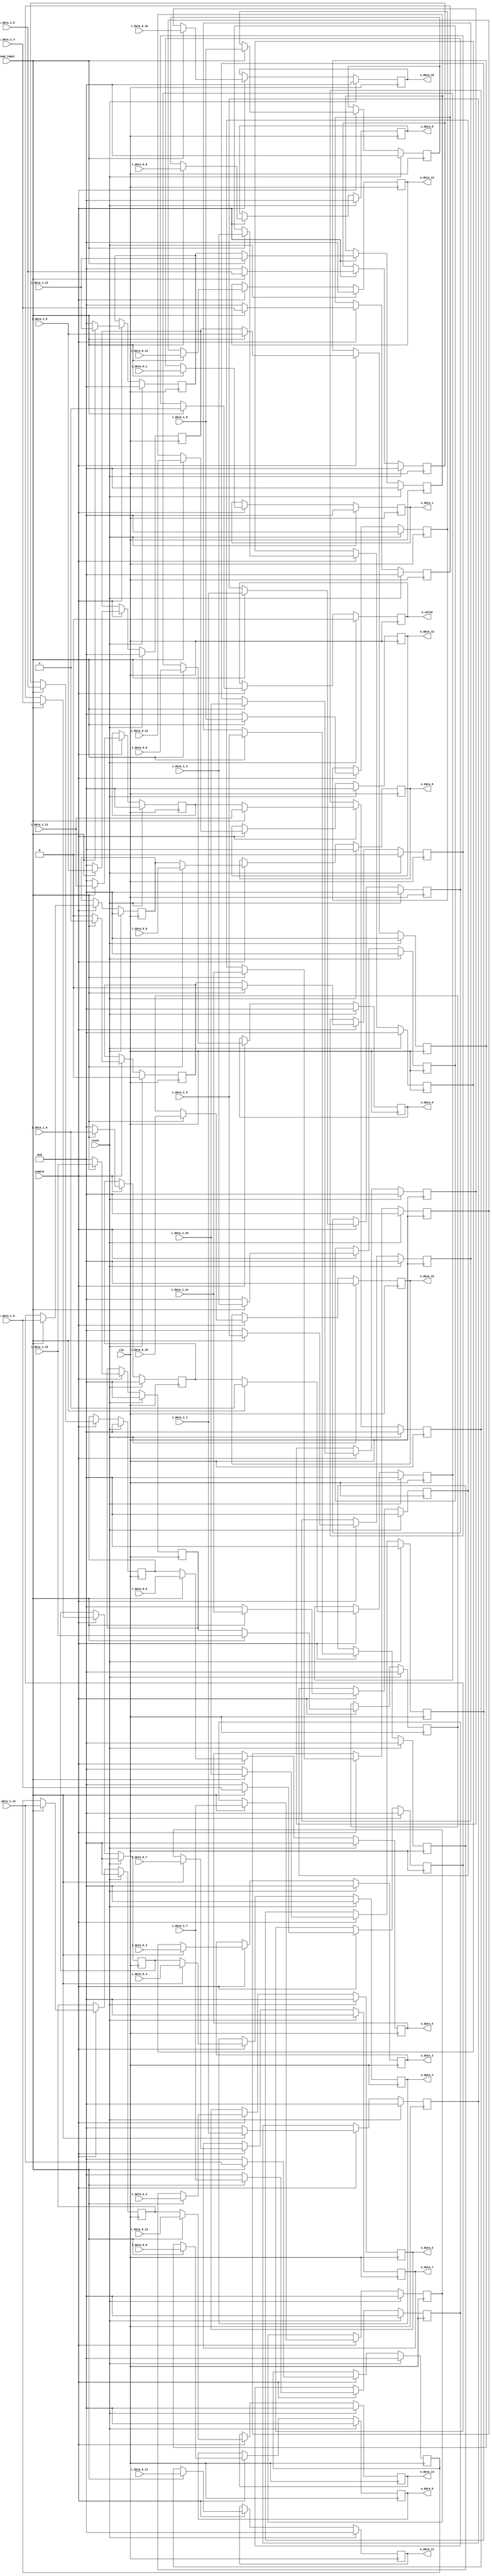
`define SIMULATION_MEMORY

module pipelined_input_18_2_16 (
	input clk,
	input reset,
	input enable,
	input load_input,
	input [17:0] i_data_0_0,
	input [17:0] i_data_0_1,
	input [17:0] i_data_0_2,
	input [17:0] i_data_0_3,
	input [17:0] i_data_0_4,
	input [17:0] i_data_0_5,
	input [17:0] i_data_0_6,
	input [17:0] i_data_0_7,
	input [17:0] i_data_0_8,
	input [17:0] i_data_0_9,
	input [17:0] i_data_0_10,
	input [17:0] i_data_0_11,
	input [17:0] i_data_0_12,
	input [17:0] i_data_0_13,
	input [17:0] i_data_0_14,
	input [17:0] i_data_0_15,
	input [17:0] i_data_1_0,
	input [17:0] i_data_1_1,
	input [17:0] i_data_1_2,
	input [17:0] i_data_1_3,
	input [17:0] i_data_1_4,
	input [17:0] i_data_1_5,
	input [17:0] i_data_1_6,
	input [17:0] i_data_1_7,
	input [17:0] i_data_1_8,
	input [17:0] i_data_1_9,
	input [17:0] i_data_1_10,
	input [17:0] i_data_1_11,
	input [17:0] i_data_1_12,
	input [17:0] i_data_1_13,
	input [17:0] i_data_1_14,
	input [17:0] i_data_1_15,
	output [17:0] o_data_0,
	output [17:0] o_data_1,
	output [17:0] o_data_2,
	output [17:0] o_data_3,
	output [17:0] o_data_4,
	output [17:0] o_data_5,
	output [17:0] o_data_6,
	output [17:0] o_data_7,
	output [17:0] o_data_8,
	output [17:0] o_data_9,
	output [17:0] o_data_10,
	output [17:0] o_data_11,
	output [17:0] o_data_12,
	output [17:0] o_data_13,
	output [17:0] o_data_14,
	output [17:0] o_data_15,
	output o_valid
);

reg [17:0] pipeline_0_0;
reg [17:0] pipeline_0_1;
reg [17:0] pipeline_0_2;
reg [17:0] pipeline_0_3;
reg [17:0] pipeline_0_4;
reg [17:0] pipeline_0_5;
reg [17:0] pipeline_0_6;
reg [17:0] pipeline_0_7;
reg [17:0] pipeline_0_8;
reg [17:0] pipeline_0_9;
reg [17:0] pipeline_0_10;
reg [17:0] pipeline_0_11;
reg [17:0] pipeline_0_12;
reg [17:0] pipeline_0_13;
reg [17:0] pipeline_0_14;
reg [17:0] pipeline_0_15;
reg [17:0] pipeline_1_0;
reg [17:0] pipeline_1_1;
reg [17:0] pipeline_1_2;
reg [17:0] pipeline_1_3;
reg [17:0] pipeline_1_4;
reg [17:0] pipeline_1_5;
reg [17:0] pipeline_1_6;
reg [17:0] pipeline_1_7;
reg [17:0] pipeline_1_8;
reg [17:0] pipeline_1_9;
reg [17:0] pipeline_1_10;
reg [17:0] pipeline_1_11;
reg [17:0] pipeline_1_12;
reg [17:0] pipeline_1_13;
reg [17:0] pipeline_1_14;
reg [17:0] pipeline_1_15;
reg [17:0] pipeline_2_0;
reg [17:0] pipeline_2_1;
reg [17:0] pipeline_2_2;
reg [17:0] pipeline_2_3;
reg [17:0] pipeline_2_4;
reg [17:0] pipeline_2_5;
reg [17:0] pipeline_2_6;
reg [17:0] pipeline_2_7;
reg [17:0] pipeline_2_8;
reg [17:0] pipeline_2_9;
reg [17:0] pipeline_2_10;
reg [17:0] pipeline_2_11;
reg [17:0] pipeline_2_12;
reg [17:0] pipeline_2_13;
reg [17:0] pipeline_2_14;
reg [17:0] pipeline_2_15;
reg pipeline_valid_0;
reg pipeline_valid_1;
reg pipeline_valid_2;

always @ (posedge clk) begin
	if (reset) begin
		pipeline_0_0 <= 0;
		pipeline_0_1 <= 0;
		pipeline_0_2 <= 0;
		pipeline_0_3 <= 0;
		pipeline_0_4 <= 0;
		pipeline_0_5 <= 0;
		pipeline_0_6 <= 0;
		pipeline_0_7 <= 0;
		pipeline_0_8 <= 0;
		pipeline_0_9 <= 0;
		pipeline_0_10 <= 0;
		pipeline_0_11 <= 0;
		pipeline_0_12 <= 0;
		pipeline_0_13 <= 0;
		pipeline_0_14 <= 0;
		pipeline_0_15 <= 0;
		pipeline_1_0 <= 0;
		pipeline_1_1 <= 0;
		pipeline_1_2 <= 0;
		pipeline_1_3 <= 0;
		pipeline_1_4 <= 0;
		pipeline_1_5 <= 0;
		pipeline_1_6 <= 0;
		pipeline_1_7 <= 0;
		pipeline_1_8 <= 0;
		pipeline_1_9 <= 0;
		pipeline_1_10 <= 0;
		pipeline_1_11 <= 0;
		pipeline_1_12 <= 0;
		pipeline_1_13 <= 0;
		pipeline_1_14 <= 0;
		pipeline_1_15 <= 0;
		pipeline_2_0 <= 0;
		pipeline_2_1 <= 0;
		pipeline_2_2 <= 0;
		pipeline_2_3 <= 0;
		pipeline_2_4 <= 0;
		pipeline_2_5 <= 0;
		pipeline_2_6 <= 0;
		pipeline_2_7 <= 0;
		pipeline_2_8 <= 0;
		pipeline_2_9 <= 0;
		pipeline_2_10 <= 0;
		pipeline_2_11 <= 0;
		pipeline_2_12 <= 0;
		pipeline_2_13 <= 0;
		pipeline_2_14 <= 0;
		pipeline_2_15 <= 0;
		pipeline_valid_0 <= 0;
		pipeline_valid_1 <= 0;
		pipeline_valid_2 <= 0;
	end else if (enable) begin
		if (load_input) begin
			pipeline_0_0 <= i_data_0_0;
			pipeline_0_1 <= i_data_0_1;
			pipeline_0_2 <= i_data_0_2;
			pipeline_0_3 <= i_data_0_3;
			pipeline_0_4 <= i_data_0_4;
			pipeline_0_5 <= i_data_0_5;
			pipeline_0_6 <= i_data_0_6;
			pipeline_0_7 <= i_data_0_7;
			pipeline_0_8 <= i_data_0_8;
			pipeline_0_9 <= i_data_0_9;
			pipeline_0_10 <= i_data_0_10;
			pipeline_0_11 <= i_data_0_11;
			pipeline_0_12 <= i_data_0_12;
			pipeline_0_13 <= i_data_0_13;
			pipeline_0_14 <= i_data_0_14;
			pipeline_0_15 <= i_data_0_15;
			pipeline_valid_0 <= 1'b1;
			pipeline_2_0 <= i_data_1_0;
			pipeline_2_1 <= i_data_1_1;
			pipeline_2_2 <= i_data_1_2;
			pipeline_2_3 <= i_data_1_3;
			pipeline_2_4 <= i_data_1_4;
			pipeline_2_5 <= i_data_1_5;
			pipeline_2_6 <= i_data_1_6;
			pipeline_2_7 <= i_data_1_7;
			pipeline_2_8 <= i_data_1_8;
			pipeline_2_9 <= i_data_1_9;
			pipeline_2_10 <= i_data_1_10;
			pipeline_2_11 <= i_data_1_11;
			pipeline_2_12 <= i_data_1_12;
			pipeline_2_13 <= i_data_1_13;
			pipeline_2_14 <= i_data_1_14;
			pipeline_2_15 <= i_data_1_15;
			pipeline_valid_2 <= 1'b1;
			pipeline_1_0 <= i_data_1_0;
			pipeline_1_1 <= i_data_1_1;
			pipeline_1_2 <= i_data_1_2;
			pipeline_1_3 <= i_data_1_3;
			pipeline_1_4 <= i_data_1_4;
			pipeline_1_5 <= i_data_1_5;
			pipeline_1_6 <= i_data_1_6;
			pipeline_1_7 <= i_data_1_7;
			pipeline_1_8 <= i_data_1_8;
			pipeline_1_9 <= i_data_1_9;
			pipeline_1_10 <= i_data_1_10;
			pipeline_1_11 <= i_data_1_11;
			pipeline_1_12 <= i_data_1_12;
			pipeline_1_13 <= i_data_1_13;
			pipeline_1_14 <= i_data_1_14;
			pipeline_1_15 <= i_data_1_15;
			pipeline_valid_1 <= 1'b0;
		end else begin
			pipeline_2_0 <= 0;
			pipeline_2_1 <= 0;
			pipeline_2_2 <= 0;
			pipeline_2_3 <= 0;
			pipeline_2_4 <= 0;
			pipeline_2_5 <= 0;
			pipeline_2_6 <= 0;
			pipeline_2_7 <= 0;
			pipeline_2_8 <= 0;
			pipeline_2_9 <= 0;
			pipeline_2_10 <= 0;
			pipeline_2_11 <= 0;
			pipeline_2_12 <= 0;
			pipeline_2_13 <= 0;
			pipeline_2_14 <= 0;
			pipeline_2_15 <= 0;
			pipeline_valid_2 <= 1'b0;
			pipeline_0_0 <= pipeline_1_0;
			pipeline_0_1 <= pipeline_1_1;
			pipeline_0_2 <= pipeline_1_2;
			pipeline_0_3 <= pipeline_1_3;
			pipeline_0_4 <= pipeline_1_4;
			pipeline_0_5 <= pipeline_1_5;
			pipeline_0_6 <= pipeline_1_6;
			pipeline_0_7 <= pipeline_1_7;
			pipeline_0_8 <= pipeline_1_8;
			pipeline_0_9 <= pipeline_1_9;
			pipeline_0_10 <= pipeline_1_10;
			pipeline_0_11 <= pipeline_1_11;
			pipeline_0_12 <= pipeline_1_12;
			pipeline_0_13 <= pipeline_1_13;
			pipeline_0_14 <= pipeline_1_14;
			pipeline_0_15 <= pipeline_1_15;
			pipeline_valid_0 <= pipeline_valid_1;
			pipeline_1_0 <= pipeline_2_0;
			pipeline_1_1 <= pipeline_2_1;
			pipeline_1_2 <= pipeline_2_2;
			pipeline_1_3 <= pipeline_2_3;
			pipeline_1_4 <= pipeline_2_4;
			pipeline_1_5 <= pipeline_2_5;
			pipeline_1_6 <= pipeline_2_6;
			pipeline_1_7 <= pipeline_2_7;
			pipeline_1_8 <= pipeline_2_8;
			pipeline_1_9 <= pipeline_2_9;
			pipeline_1_10 <= pipeline_2_10;
			pipeline_1_11 <= pipeline_2_11;
			pipeline_1_12 <= pipeline_2_12;
			pipeline_1_13 <= pipeline_2_13;
			pipeline_1_14 <= pipeline_2_14;
			pipeline_1_15 <= pipeline_2_15;
			pipeline_valid_1 <= pipeline_valid_2;
		end
	end
end

assign o_data_0 = pipeline_0_0;
assign o_data_1 = pipeline_0_1;
assign o_data_2 = pipeline_0_2;
assign o_data_3 = pipeline_0_3;
assign o_data_4 = pipeline_0_4;
assign o_data_5 = pipeline_0_5;
assign o_data_6 = pipeline_0_6;
assign o_data_7 = pipeline_0_7;
assign o_data_8 = pipeline_0_8;
assign o_data_9 = pipeline_0_9;
assign o_data_10 = pipeline_0_10;
assign o_data_11 = pipeline_0_11;
assign o_data_12 = pipeline_0_12;
assign o_data_13 = pipeline_0_13;
assign o_data_14 = pipeline_0_14;
assign o_data_15 = pipeline_0_15;
assign o_valid = pipeline_valid_0;

endmodule